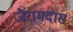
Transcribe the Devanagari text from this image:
जैरामदास